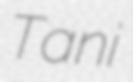
Tani